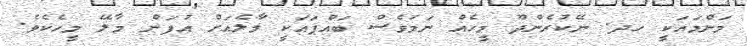
މަންމައަކީ ހދ. ނޭކުރެންދޫ މީހެއް ނަމަވެސް ބައްޕައަކީ މާލެއަށް އުފަން މާލޭ މީހެކެވެ.